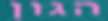
הגון